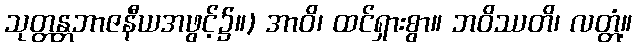
သုတ္တန္တဘာဇနီယအဖွင့်၌။) အာဝိ၊ ထင်ရှားစွာ။ ဘဝိဿတိ၊ လတ္တံ့။